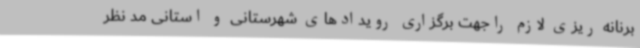
برنانه ریزی لازم راجهت برگزاری رویدادهای شهرستانی و استانی مد نظر